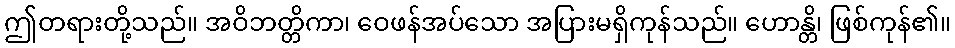
ဤတရားတို့သည်။ အဝိဘတ္တိကာ၊ ဝေဖန်အပ်သော အပြားမရှိကုန်သည်။ ဟောန္တိ၊ ဖြစ်ကုန်၏။